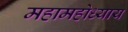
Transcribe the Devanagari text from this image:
महामहोध्याय